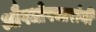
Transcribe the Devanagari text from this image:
औषधोपचारांनी